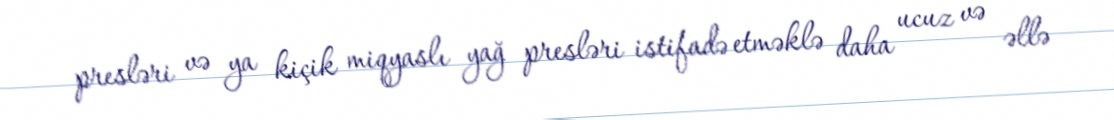
presləri və ya kiçik miqyaslı yağ presləri istifadə etməklə daha ucuz və əllə